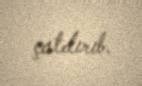
çatdırıb.